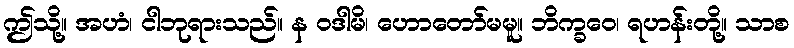
ဤသို့။ အဟံ၊ ငါဘုရားသည်။ န ဝဒါမိ၊ ဟောတော်မမူ။ ဘိက္ခဝေ၊ ရဟန်းတို့။ သာစ